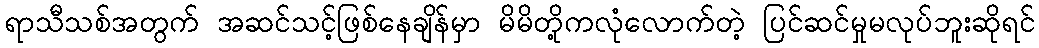
ရာသီသစ်အတွက် အဆင်သင့်ဖြစ်နေချိန်မှာ မိမိတို့ကလုံလောက်တဲ့ ပြင်ဆင်မှုမလုပ်ဘူးဆိုရင်